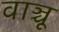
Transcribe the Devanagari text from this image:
वाञ्चू